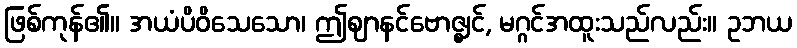
ဖြစ်ကုန်၏။ အယံပိဝိသေသော၊ ဤဈာနင်ဗောဇ္ဈင်, မဂ္ဂင်အထူးသည်လည်း။ ဥဘယ